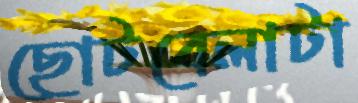
ছোটবেলাটা